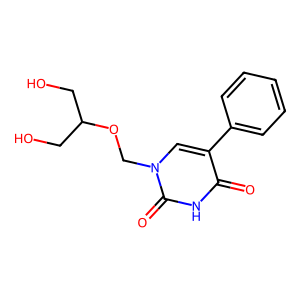
SMILES: O=c1[nH]c(=O)n(COC(CO)CO)cc1-c1ccccc1
Inhibits HIV replication: No